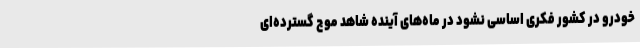
خودرو در کشور فکری اساسی نشود در ماه‌های آینده شاهد موج گسترده‌ای